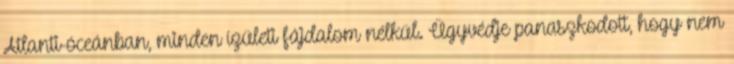
Atlanti-óceánban, minden ízületi fájdalom nélkül. Ügyvédje panaszkodott, hogy nem